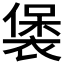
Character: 𧛱